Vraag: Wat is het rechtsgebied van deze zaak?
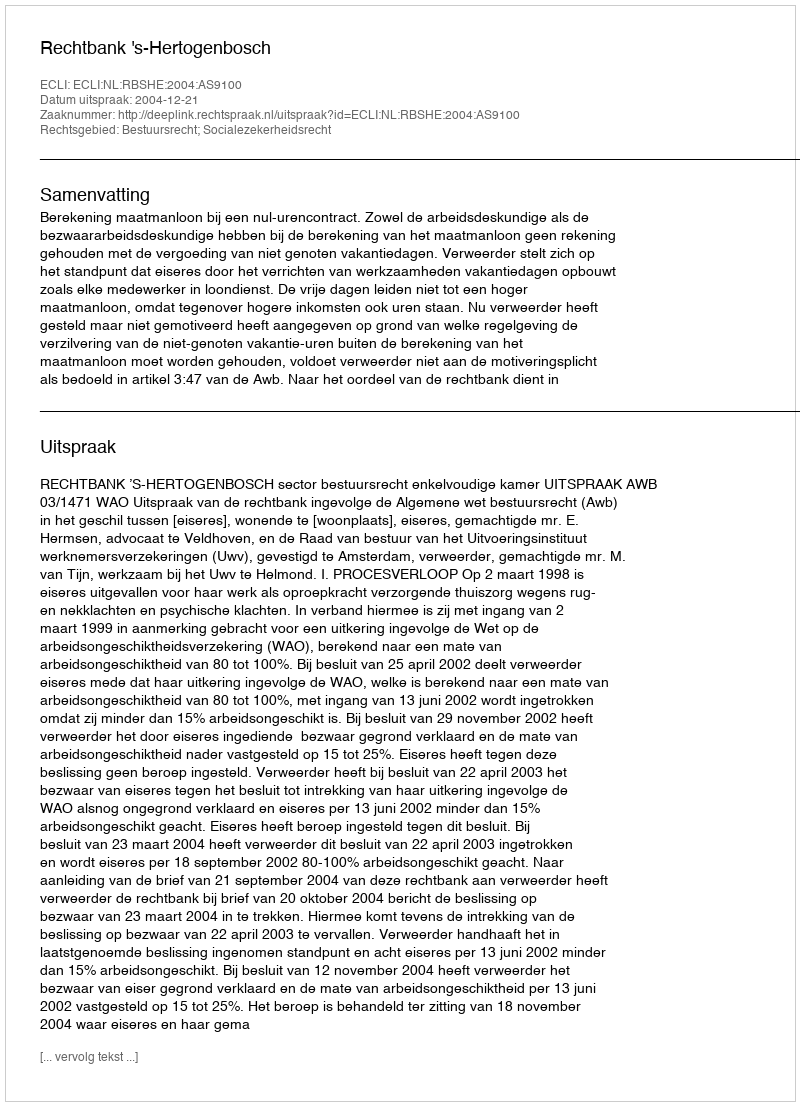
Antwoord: Bestuursrecht; Socialezekerheidsrecht